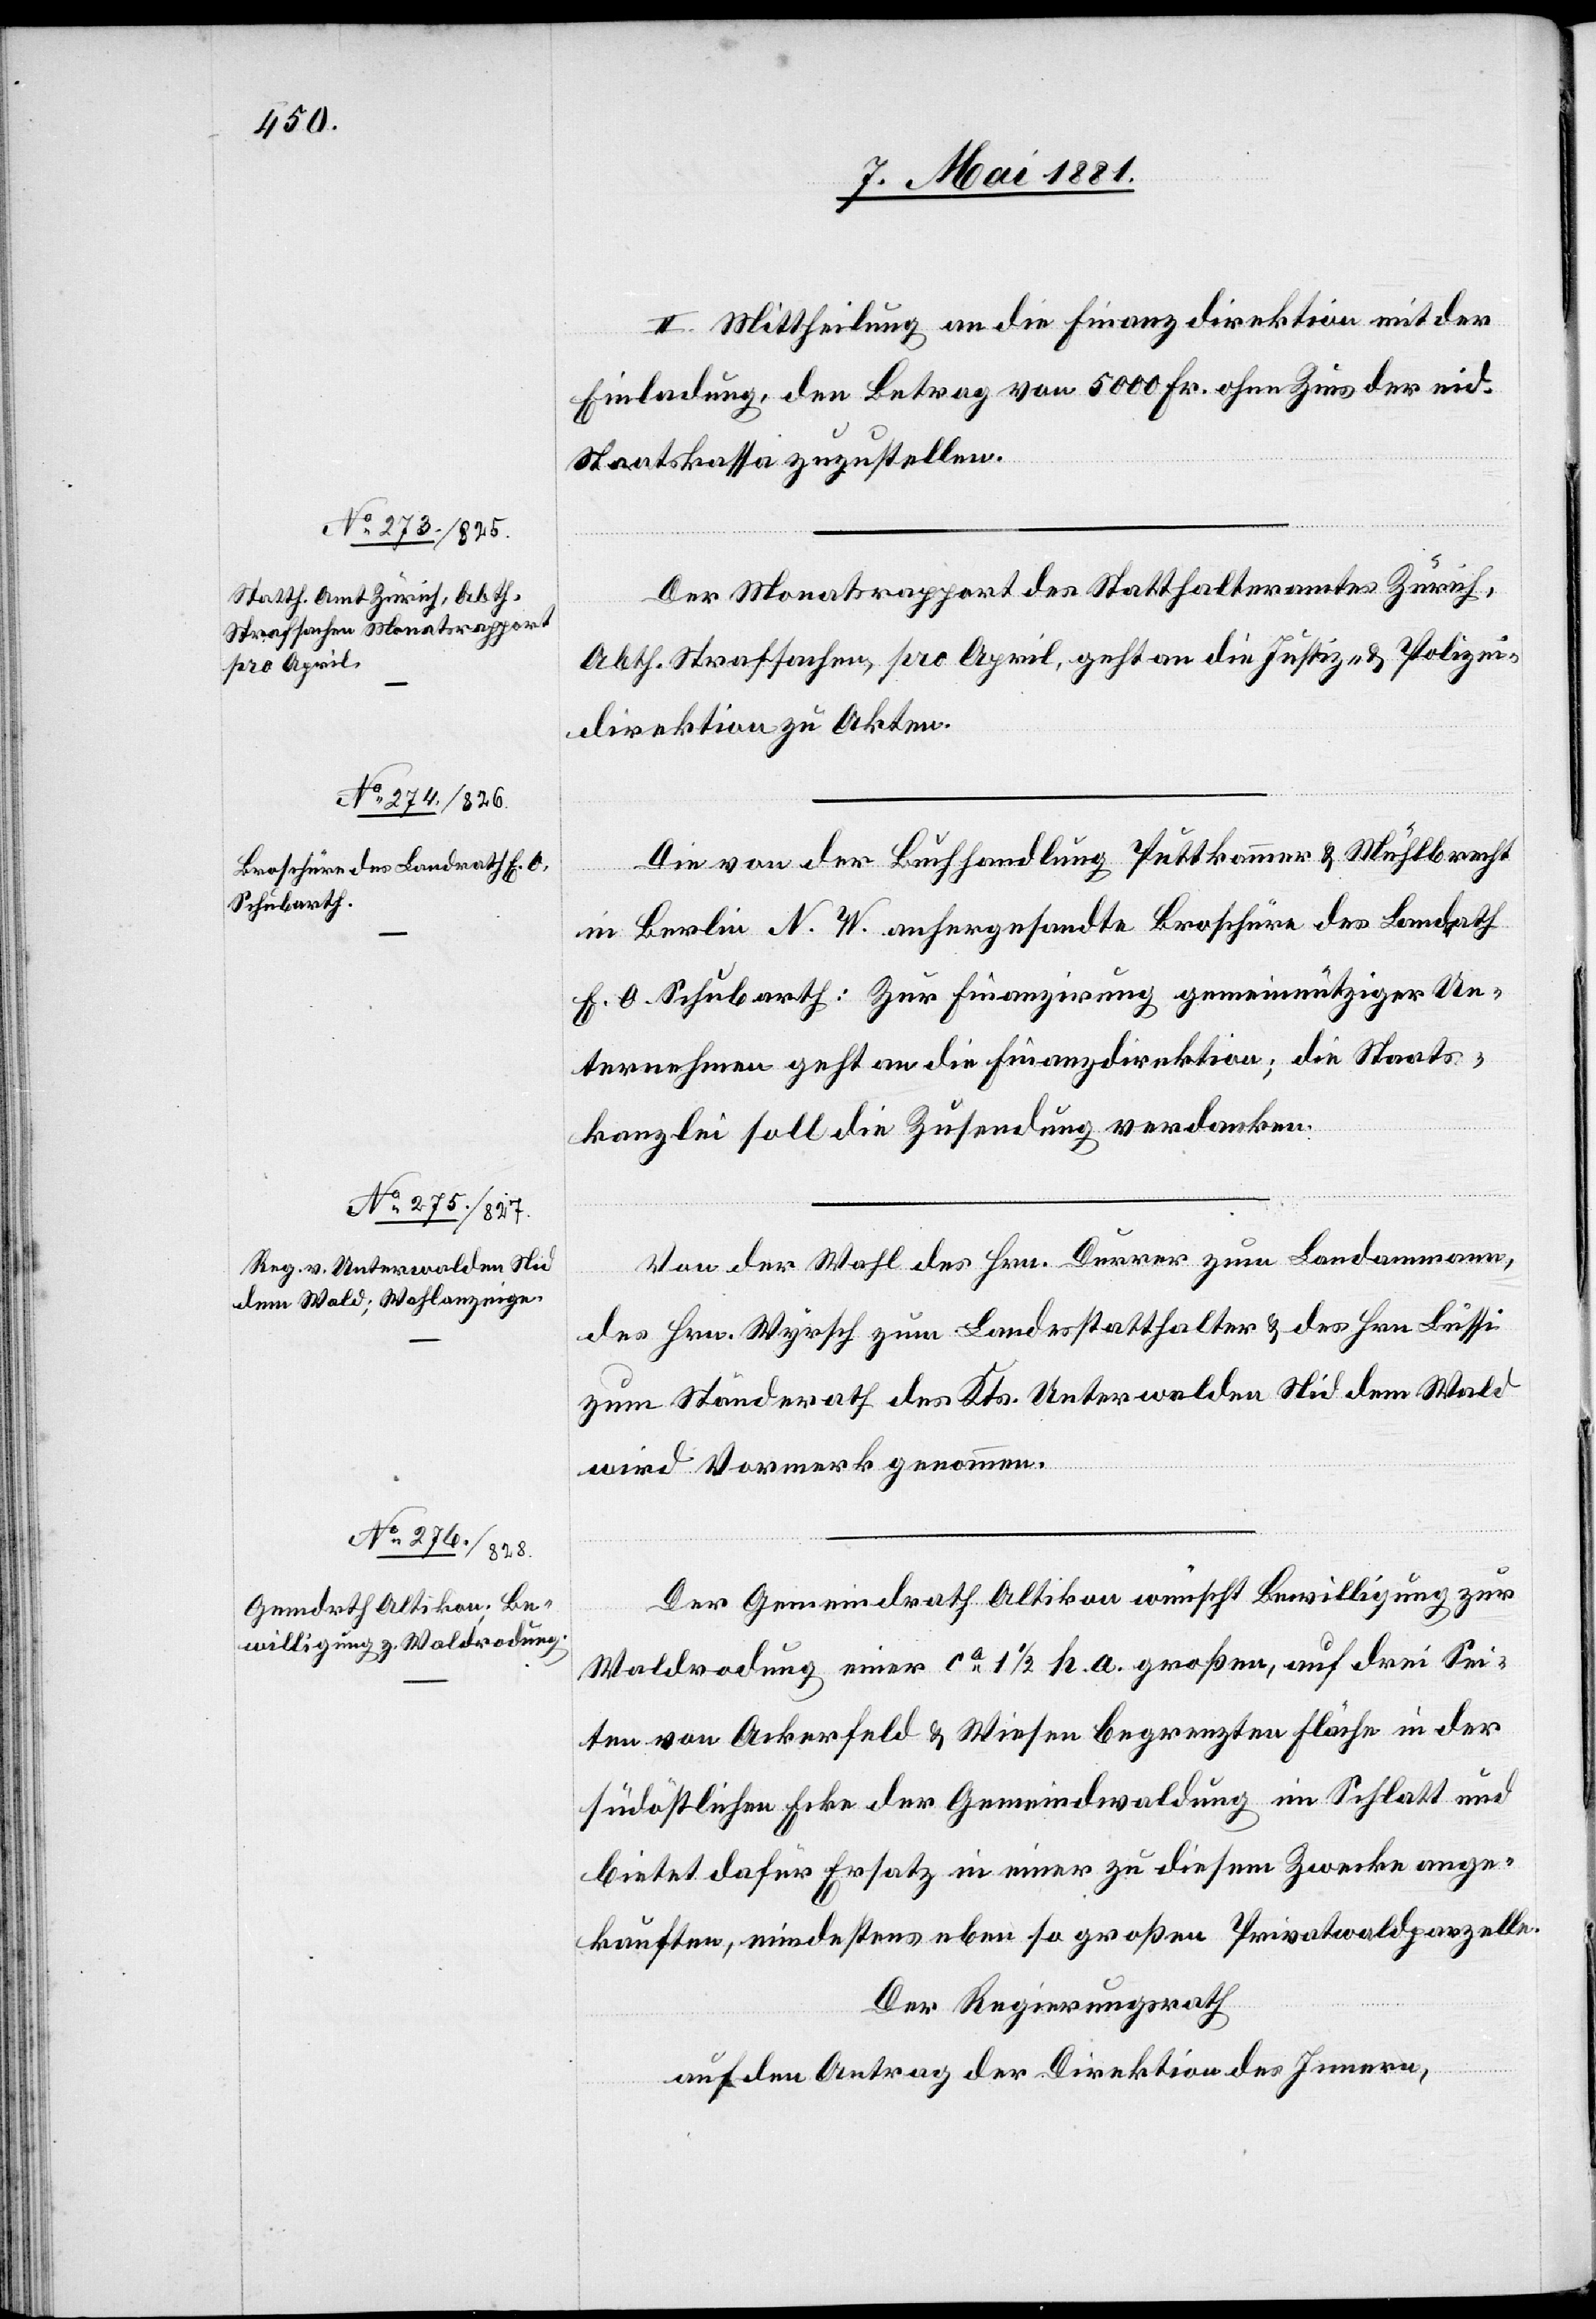
des Kts. Unterwalden Nid

II. Mittheilung an die Finanzdirektion mit der
Einladung, den Betrag von 5000 Fr. ohne Zins der eid.
Staatskasse zuzustellen.
Der Monatsrapport des Statthalteramtes Zürich
Abth. Strafsachen, pro April, geht an die Justiz- & Polizei¬
direktion zu Akten.
Die von der Buchhandlung Puttkammer & Mühtbrecht
in Berlin N. W. anhergesandte Broschüre des Landrath
E. O. Schuberth: Zur Finanzirung gemeinnütziger Un¬
ternehmen geht an die Finanzdirektion; die Staats¬
kanzlei soll die Zusendung verdanken.
Von der Wahl des Hrn. Durrer zum Landammann,
des Hrn. Wyrsch zum Landesstatthalter & des Hrn. Lüssi
wird Vormerk genommen.
Der Gemeindrath Altikon wünscht Bewilligung zur
Waldrodung einer ca 11/2 h.a. großen, auf drei Sei¬
ten von Ackerfeld & Wiesen begrenzten Fläche in der
südöstlichen Ecke der Gemeindwaldung im Schlatt und
bietet dafür Ersatz in einer zu diesem Zwecke ange¬
kauften, mindestens eben so großen Privatwaldparzelle.
Der Regierungsrath,
auf den Antrag der Direktion des Innern,